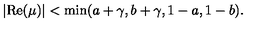
\left| \mathrm { R e } ( \mu ) \right| < \min ( a + \gamma , b + \gamma , 1 - a , 1 - b ) .